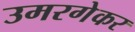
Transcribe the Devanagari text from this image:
उमरगेकर